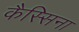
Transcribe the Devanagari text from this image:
कैस्सिना